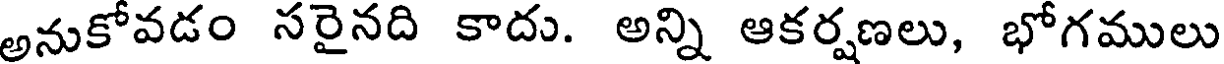
అనుకోవడం సరైనది కాదు. అన్ని ఆకర్షణలు, భోగములు